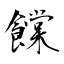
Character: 饓